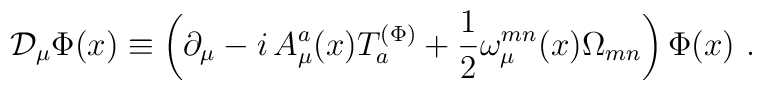
{\cal D}_\mu \Phi (x)\equiv \left( \partial _\mu -i\,{A_\mu ^a}(x)T_a^{(\Phi)}+\frac 12\omega _\mu ^{mn}(x)\Omega _{mn}\right) \Phi (x)\,\,.